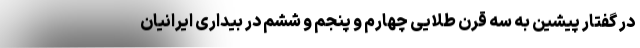
در گفتار پیشین به سه قرن طلایی چهارم و پنجم و ششم در بیداری ایرانیان